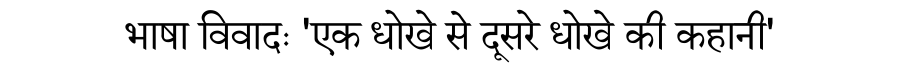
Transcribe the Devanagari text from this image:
भाषा विवादः 'एक धोखे से दूसरे धोखे की कहानी'